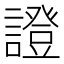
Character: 證